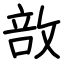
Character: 敨